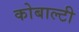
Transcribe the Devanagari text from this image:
कोबाल्टी